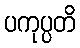
ပကုပ္ပတိ